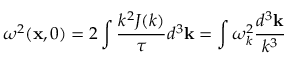
\boldsymbol { \omega } ^ { 2 } ( \mathbf { x } , 0 ) = 2 \int \frac { k ^ { 2 } J ( k ) } { \tau } d ^ { 3 } \mathbf { k } = \int \boldsymbol { \omega } _ { k } ^ { 2 } \frac { d ^ { 3 } \mathbf { k } } { k ^ { 3 } }